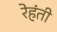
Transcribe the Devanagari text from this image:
रेहंती